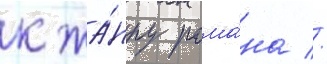
к жа́нру рома́на //